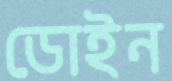
ডোইন